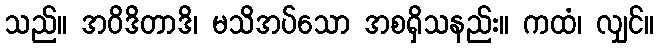
သည်။ အဝိဒိတာဒိ၊ မသိအပ်သော အစရှိသနည်း။ ကထံ၊ လျှင်။